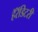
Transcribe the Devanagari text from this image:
हॅरॅडिटरी